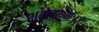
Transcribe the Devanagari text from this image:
शुभेक्शणः।।